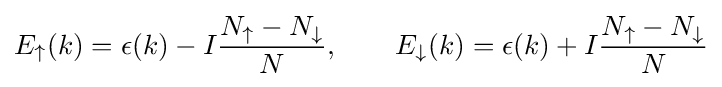
E_{\uparrow }(k)=\epsilon (k)-I{\frac {N_{\uparrow }-N_{\downarrow }}{N}},\qquad E_{\downarrow }(k)=\epsilon (k)+I{\frac {N_{\uparrow }-N_{\downarrow }}{N}}